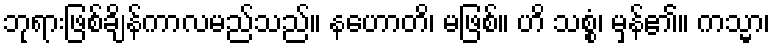
ဘုရားဖြစ်ချိန်ကာလမည်သည်။ နဟောတိ၊ မဖြစ်။ ဟိ သစ္စံ၊ မှန်၏။ ကသ္မာ၊